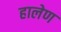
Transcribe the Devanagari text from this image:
हालेण